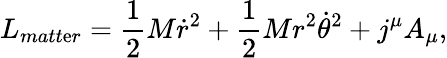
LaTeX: L_{matt\mathrm{e}r}={\frac{{1}}{{2}}}M\dot{{r}}^{2}+{\frac{{1}}{{2}}}Mr^{2}{\dot{{\theta}}}^{2}+j^{\mu}A_{\mu},